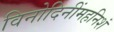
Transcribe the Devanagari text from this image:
विनोदिनींमहनिशं